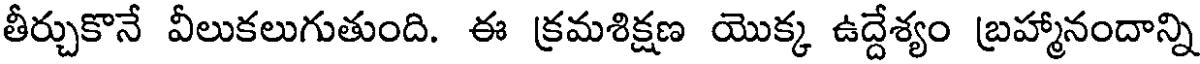
తీర్చుకొనే వీలుకలుగుతుంది. ఈ క్రమశిక్షణ యొక్క ఉద్దేశ్యం బ్రహ్మానందాన్ని